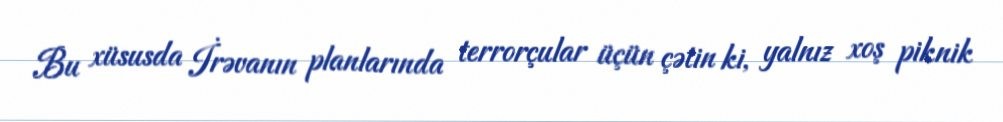
Bu xüsusda İrəvanın planlarında terrorçular üçün çətin ki, yalnız xoş piknik